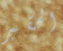
الحقير